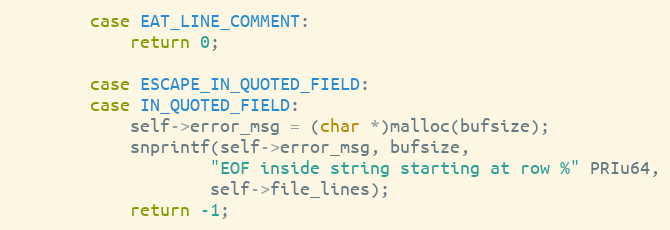
Language: C
        case EAT_LINE_COMMENT:
            return 0;

        case ESCAPE_IN_QUOTED_FIELD:
        case IN_QUOTED_FIELD:
            self->error_msg = (char *)malloc(bufsize);
            snprintf(self->error_msg, bufsize,
                    "EOF inside string starting at row %" PRIu64,
                    self->file_lines);
            return -1;